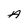
Character: A